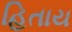
હિતાય